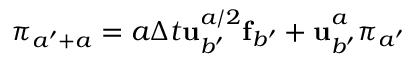
\boldsymbol { \pi } _ { a ^ { \prime } + a _ { } } = a _ { } \Delta t { } \mathbf { u } _ { b ^ { \prime } } ^ { a _ { } / 2 } \mathbf { f } _ { b ^ { \prime } } + \mathbf { u } _ { b ^ { \prime } } ^ { a _ { } } \boldsymbol { \pi } _ { a ^ { \prime } }